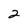
Character: 2